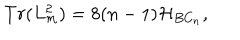
T r ( L _ { m } ^ { 2 } ) = 8 ( n - 1 ) { \cal H } _ { B C _ { n } } ,